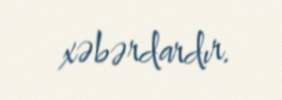
xəbərdardır.